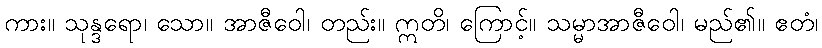
ကား။ သုန္ဒရော၊ သော။ အာဇီဝေါ၊ တည်း။ ဣတိ၊ ကြောင့်။ သမ္မာအာဇီဝေါ၊ မည်၏။ ဧတံ၊